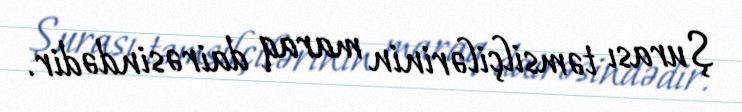
Şurası təmsilçilərinin maraq dairəsindədir.